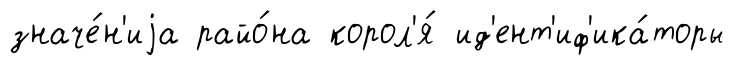
значе́н'иjа райо́на корол'я́ ид'ент'иф'ика́торы